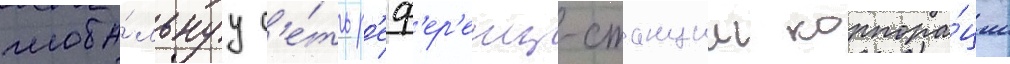
глоба́льнуу с'е́ть р'еф'ер'енц-станции корпора́ции